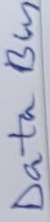
Text: Data Bus